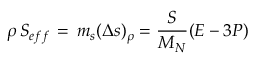
\rho \, S _ { e f f } \, = \, m _ { s } ( \Delta s ) _ { \rho } = \frac { S } { M _ { N } } ( { \cal E } - 3 P )